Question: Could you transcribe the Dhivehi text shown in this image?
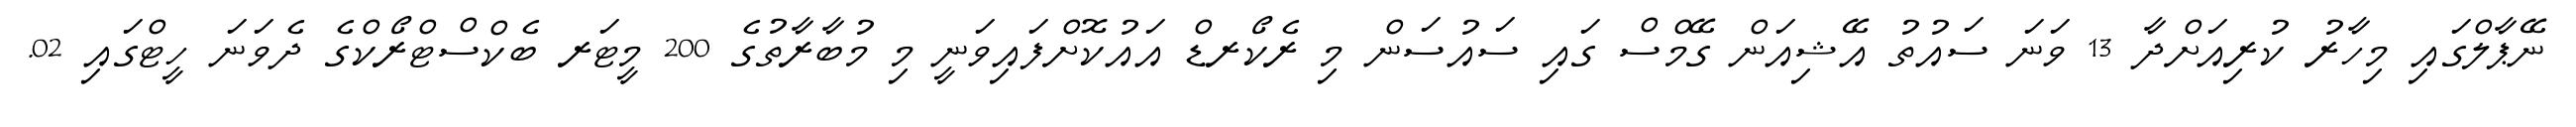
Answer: ނޭޕާލްގައި މިހާރު ކުރިއަށްދާ 13 ވަނަ ސައުތު އޭޝިއަން ގޭމްސް ގައި ސައުސަން މި ރެކޯރޑް އައުކޮށްފައިވަނީ މި މުބާރާތުގެ 200 މީޓަރ ބެކްސްޓްރޯކްގެ ދެވަނަ ހީޓްގައި 02.